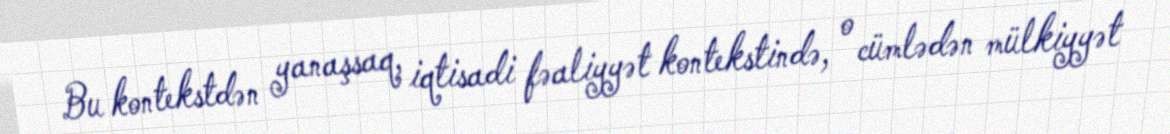
Bu kontekstdən yanaşsaq, iqtisadi fəaliyyət kontekstində, o cümlədən mülkiyyət